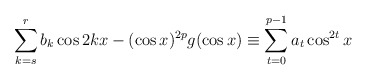
\begin{align*}\sum_{k=s}^{r}b_k\cos 2kx-(\cos x)^{2p} g(\cos x)\equiv \sum_{t=0}^{p-1}a_t \cos ^{2t}x\end{align*}